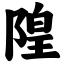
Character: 隍